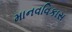
માનવવિકાસ